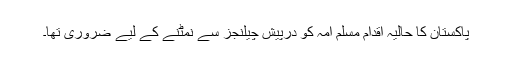
پاکستان کا حالیہ اقدام مسلم امہ کو درپیش چیلنجز سے نمٹنے کے لیے ضروری تھا۔